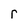
Character: r